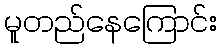
မူတည်နေကြောင်း